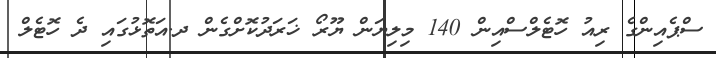
ސްޕެއިންގެ ރިއު ހޮޓެލްސްއިން 140 މިލިޔަން ޔޫރޯ ޚަރަދުކޮށްގެން ދ.އަތޮޅުގައި ދެ ހޮޓެލް